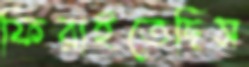
ফিরাইতেছিস